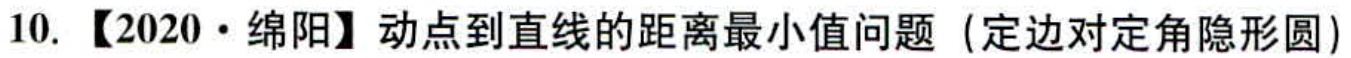
10. 【2020·绵阳】动点到直线的距离最小值问题（定边对定角隐形圆）